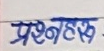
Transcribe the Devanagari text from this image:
प्रश्नहेसू